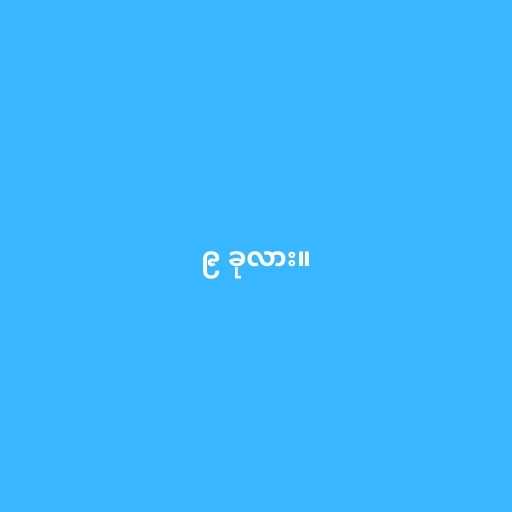
၉ ခုလား။